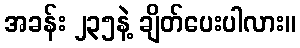
အခန်း ၂၃၅နဲ့ ချိတ်ပေးပါလား။